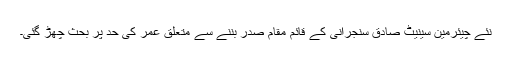
نئے چیئرمین سینیٹ صادق سنجرانی کے قائم مقام صدر بننے سے متعلق عمر کی حد پر بحث چھڑ گئی۔